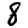
Digit: 8